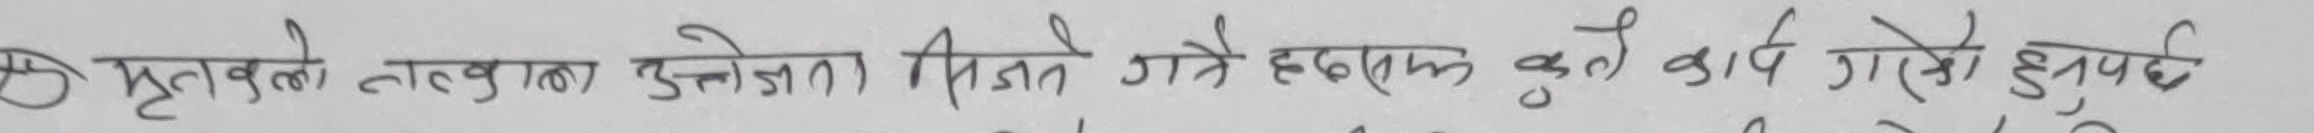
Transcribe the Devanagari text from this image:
मुत्तवले ताल्वाला कुनैमा मिल्ने गरे कार्य गरेको हुनुपर्छ